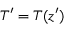
T ^ { \prime } = T ( z ^ { \prime } )